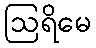
ဩရိမေ